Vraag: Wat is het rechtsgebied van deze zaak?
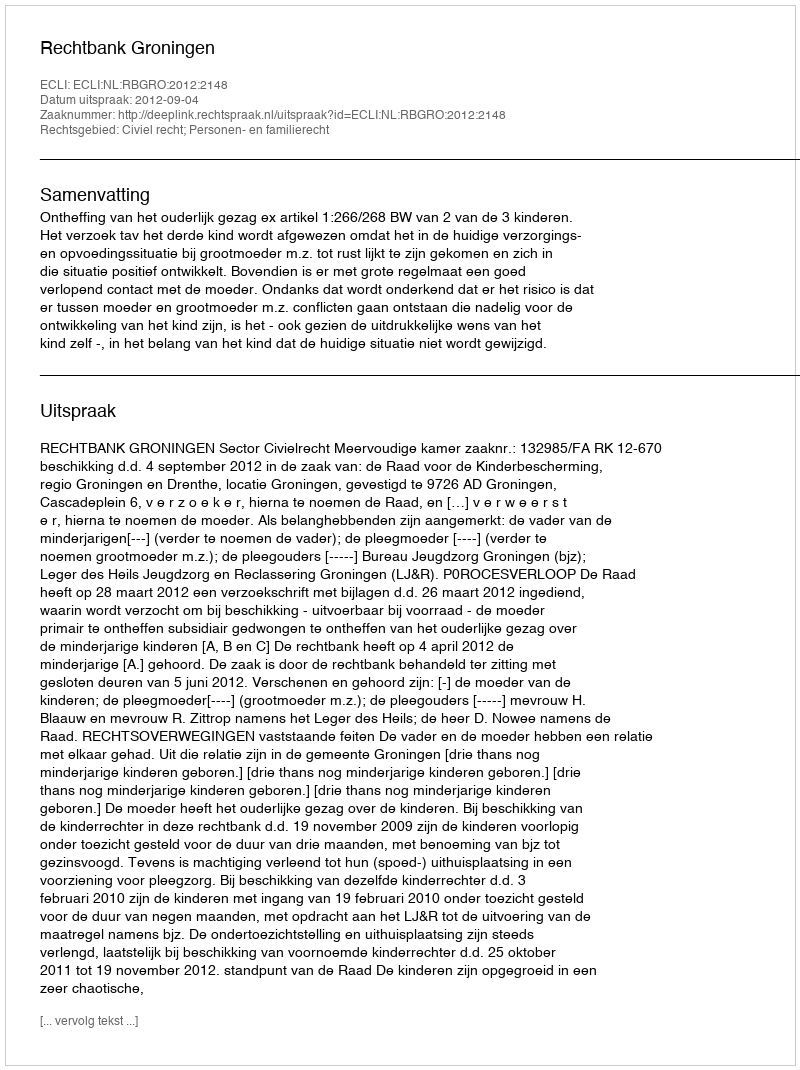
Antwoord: Civiel recht; Personen- en familierecht